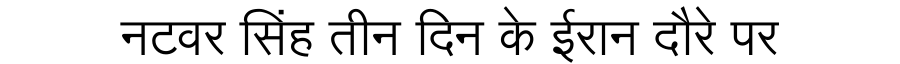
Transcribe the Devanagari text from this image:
नटवर सिंह तीन दिन के ईरान दौरे पर